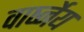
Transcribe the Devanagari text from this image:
वार्ष्नेय